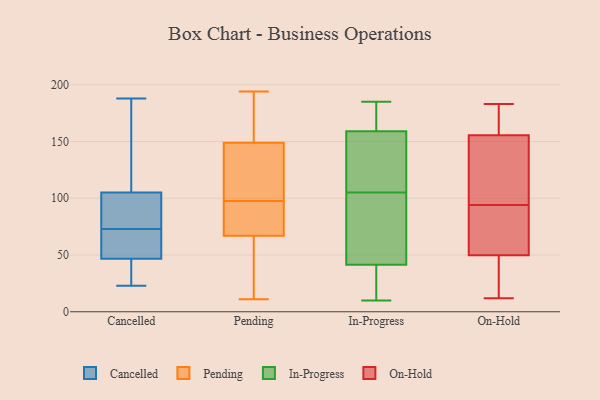
{"axis": {"x": "Production Output", "y": "Value"}, "legend": ["Cancelled", "In-Progress", "On-Hold", "Pending"], "data": [{"x": "", "y": 46, "type": "Cancelled"}, {"x": "", "y": 188, "type": "Cancelled"}, {"x": "", "y": 43, "type": "Cancelled"}, {"x": "", "y": 47, "type": "Cancelled"}, {"x": "", "y": 102, "type": "Cancelled"}, {"x": "", "y": 50, "type": "Cancelled"}, {"x": "", "y": 100, "type": "Cancelled"}, {"x": "", "y": 90, "type": "Cancelled"}, {"x": "", "y": 114, "type": "Cancelled"}, {"x": "", "y": 23, "type": "Cancelled"}, {"x": "", "y": 60, "type": "Cancelled"}, {"x": "", "y": 160, "type": "Cancelled"}, {"x": "", "y": 73, "type": "Cancelled"}, {"x": "", "y": 194, "type": "Pending"}, {"x": "", "y": 32, "type": "Pending"}, {"x": "", "y": 76, "type": "Pending"}, {"x": "", "y": 77, "type": "Pending"}, {"x": "", "y": 167, "type": "Pending"}, {"x": "", "y": 131, "type": "Pending"}, {"x": "", "y": 161, "type": "Pending"}, {"x": "", "y": 96, "type": "Pending"}, {"x": "", "y": 116, "type": "Pending"}, {"x": "", "y": 11, "type": "Pending"}, {"x": "", "y": 163, "type": "Pending"}, {"x": "", "y": 61, "type": "Pending"}, {"x": "", "y": 81, "type": "Pending"}, {"x": "", "y": 99, "type": "Pending"}, {"x": "", "y": 67, "type": "Pending"}, {"x": "", "y": 149, "type": "Pending"}, {"x": "", "y": 51, "type": "Pending"}, {"x": "", "y": 103, "type": "Pending"}, {"x": "", "y": 30, "type": "In-Progress"}, {"x": "", "y": 172, "type": "In-Progress"}, {"x": "", "y": 70, "type": "In-Progress"}, {"x": "", "y": 112, "type": "In-Progress"}, {"x": "", "y": 10, "type": "In-Progress"}, {"x": "", "y": 175, "type": "In-Progress"}, {"x": "", "y": 95, "type": "In-Progress"}, {"x": "", "y": 185, "type": "In-Progress"}, {"x": "", "y": 177, "type": "In-Progress"}, {"x": "", "y": 101, "type": "In-Progress"}, {"x": "", "y": 157, "type": "In-Progress"}, {"x": "", "y": 149, "type": "In-Progress"}, {"x": "", "y": 109, "type": "In-Progress"}, {"x": "", "y": 41, "type": "In-Progress"}, {"x": "", "y": 42, "type": "In-Progress"}, {"x": "", "y": 39, "type": "In-Progress"}, {"x": "", "y": 128, "type": "In-Progress"}, {"x": "", "y": 34, "type": "In-Progress"}, {"x": "", "y": 46, "type": "In-Progress"}, {"x": "", "y": 161, "type": "In-Progress"}, {"x": "", "y": 12, "type": "On-Hold"}, {"x": "", "y": 94, "type": "On-Hold"}, {"x": "", "y": 181, "type": "On-Hold"}, {"x": "", "y": 54, "type": "On-Hold"}, {"x": "", "y": 148, "type": "On-Hold"}, {"x": "", "y": 86, "type": "On-Hold"}, {"x": "", "y": 178, "type": "On-Hold"}, {"x": "", "y": 62, "type": "On-Hold"}, {"x": "", "y": 146, "type": "On-Hold"}, {"x": "", "y": 37, "type": "On-Hold"}, {"x": "", "y": 21, "type": "On-Hold"}, {"x": "", "y": 145, "type": "On-Hold"}, {"x": "", "y": 183, "type": "On-Hold"}]}